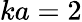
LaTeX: ka=2